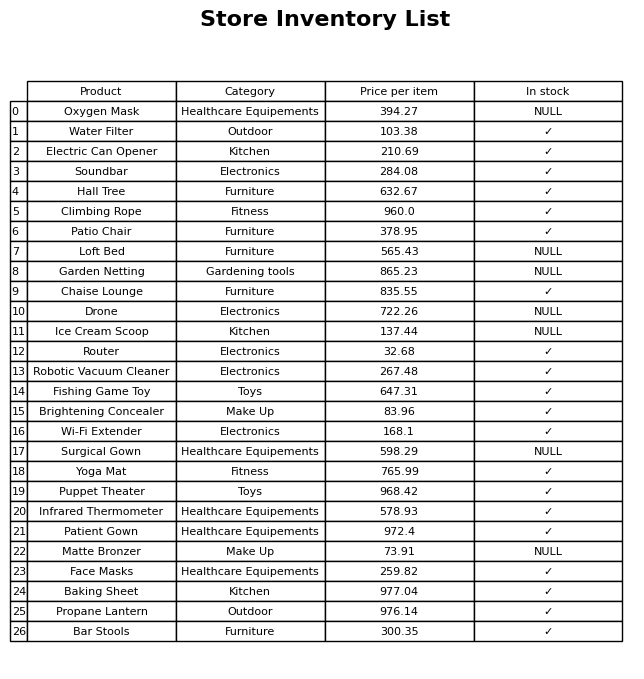
question: What is the price for Propane Lantern?
answer: The price of Propane Lantern is 976.14.